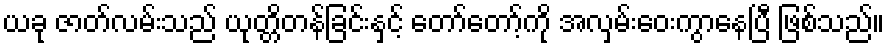
ယခု ဇာတ်လမ်းသည် ယုတ္တိတန်ခြင်းနှင့် တော်တော့်ကို အလှမ်းဝေးကွာနေပြီ ဖြစ်သည်။